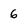
Character: 6